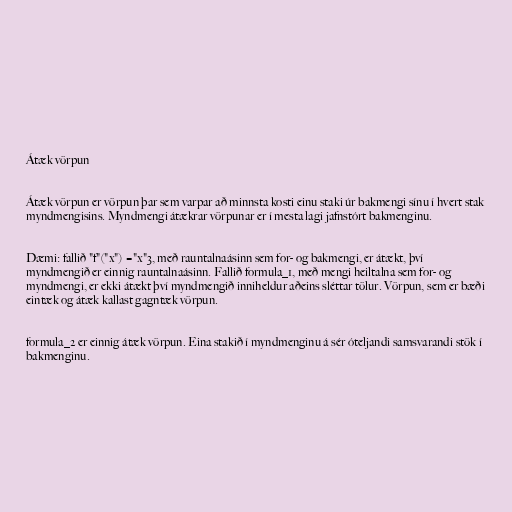
Átæk vörpun

Átæk vörpun er vörpun þar sem varpar að minnsta kosti einu staki úr bakmengi sínu í hvert stak
myndmengisins. Myndmengi átækrar vörpunar er í mesta lagi jafnstórt bakmenginu.

Dæmi: fallið "f"("x") ="x"3, með rauntalnaásinn sem for- og bakmengi, er átækt, því
myndmengið er einnig rauntalnaásinn. Fallið formula_1, með mengi heiltalna sem for- og
myndmengi, er ekki átækt því myndmengið inniheldur aðeins sléttar tölur. Vörpun, sem er bæði
eintæk og átæk kallast gagntæk vörpun.

formula_2 er einnig átæk vörpun. Eina stakið í myndmenginu á sér óteljandi samsvarandi stök í
bakmenginu.